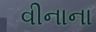
વીનાના